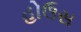
હોઉસ